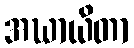
အဃာယိတာ